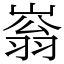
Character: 嵡